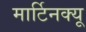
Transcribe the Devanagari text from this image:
मार्टिनक्यू